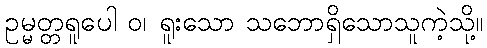
ဥမ္မတ္တရူပေါ ဝ၊ ရူးသော သဘောရှိသောသူကဲ့သို့။